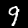
Digit: 9